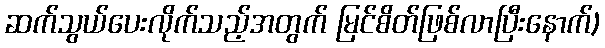
ဆက်သွယ်ပေးလိုက်သည့်အတွက် မြင်စိတ်ဖြစ်လာပြီးနောက်)